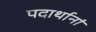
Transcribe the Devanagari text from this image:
पदार्थानां